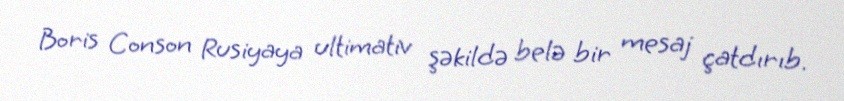
Boris Conson Rusiyaya ultimativ şəkildə belə bir mesaj çatdırıb.